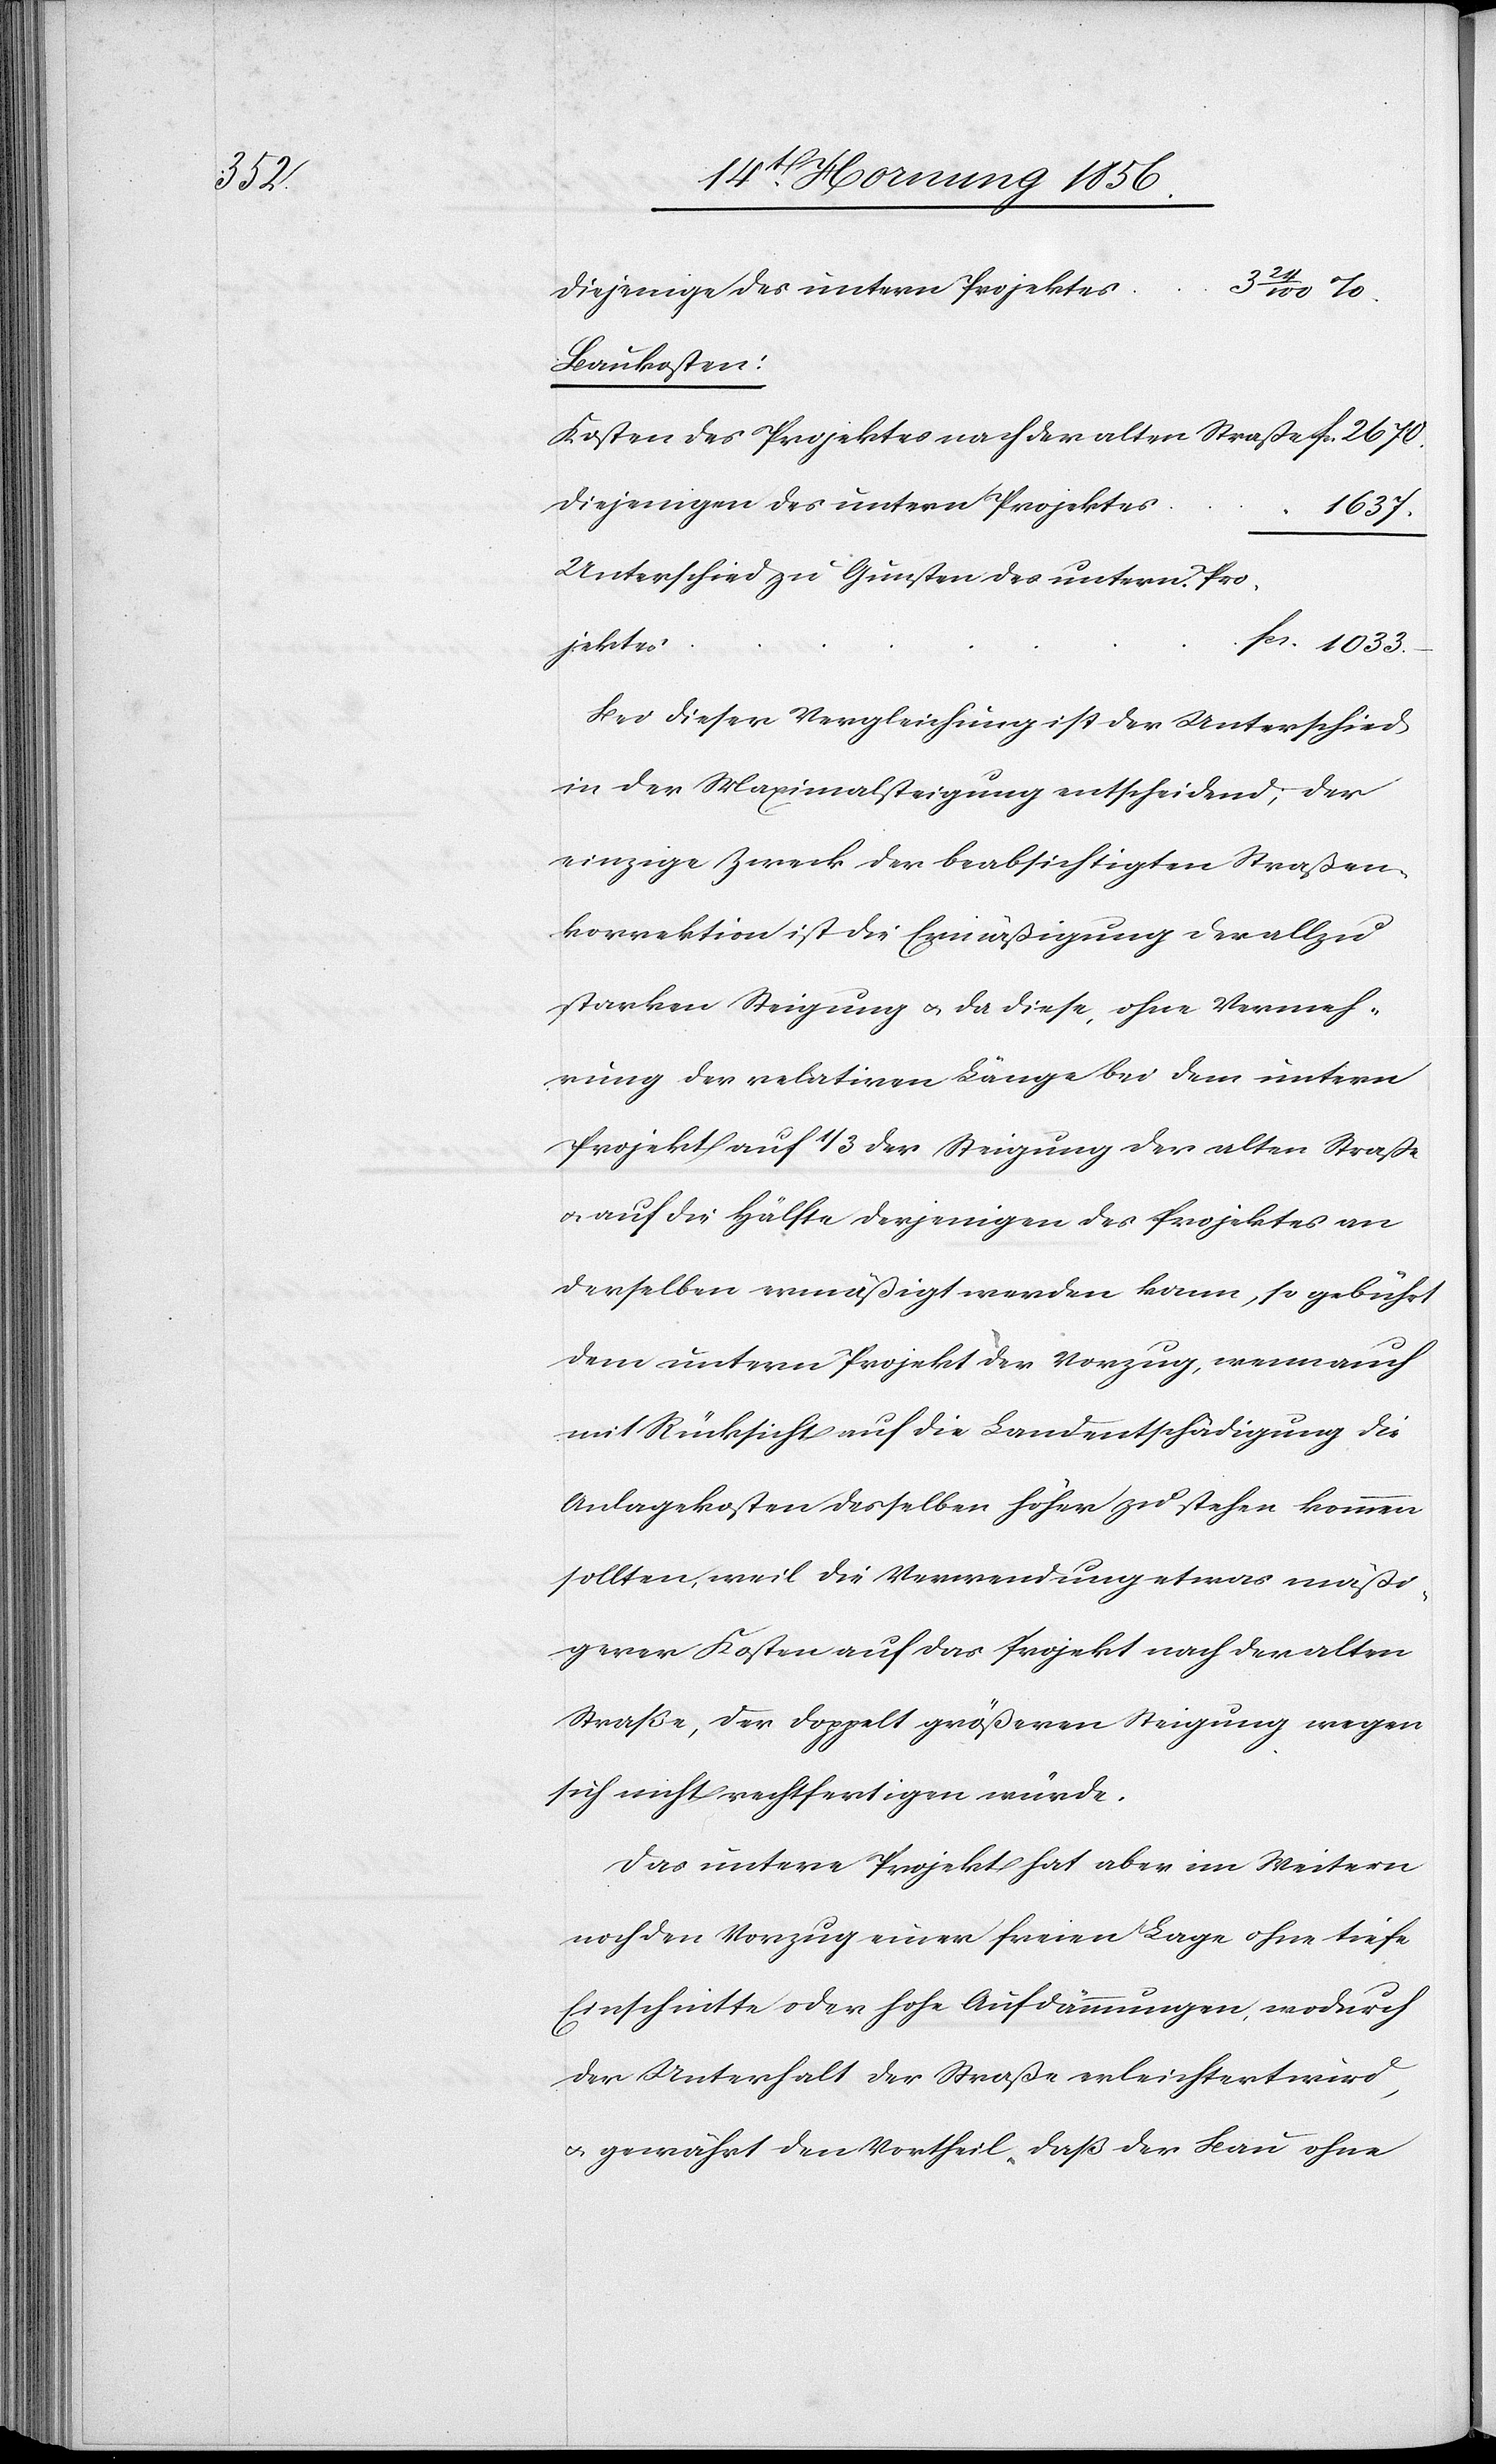
Straße

Diejenige des untern Projektes
Baukosten:
Kosten des Projektes nach der alten Straße
Diejenigen des untern Projektes
1033.–
Unterschied zu Gunsten des untern Pro¬
jektes
Bei dieser Vergleichung ist der Unterschied
in der Maximalsteigung entscheidend; der
einzige Zweck der beabsichtigten Straßen¬
korrektion ist die Ermäßigung der allzu
starken Steigung u. da diese ohne Vermeh¬
rung der relativen Länge bei dem untern
u. auf die Hälfte derjenigen des Projektes an
derselben ermäßigt werden kann, so gebührt
dem untern Projekt der Vorzug, wenn
mit Rücksicht auf die Landentschädigung die
Anlagekosten desselben höher zu stehen kommen
sollten, weil die Verwendung etwas mäßi¬
gerer Kosten auf das Projekt nach der alten
Straße, der doppelt größeren Steigung wegen
sich nicht rechtfertigen würde.
Das untere Projekt hat aber im Weitern
noch den Vorzug einer freien Lage ohne tiefe
Einschnitte oder hohe Aufdämmungen, wodurch
der Unterhalt der Straße erleichtert wird,
u. gewährt den Vortheil, daß der Bau ohne